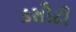
કસૌટી